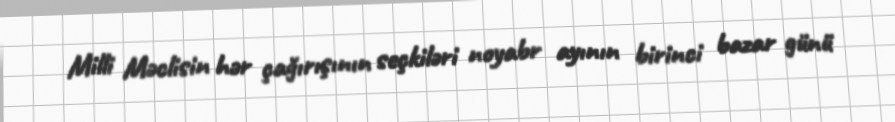
Milli Məclisin hər çağırışının seçkiləri noyabr ayının birinci bazar günü